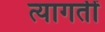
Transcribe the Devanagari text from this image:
त्यागतीं